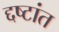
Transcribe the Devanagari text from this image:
द्दष्टांत